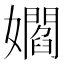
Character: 𡣽